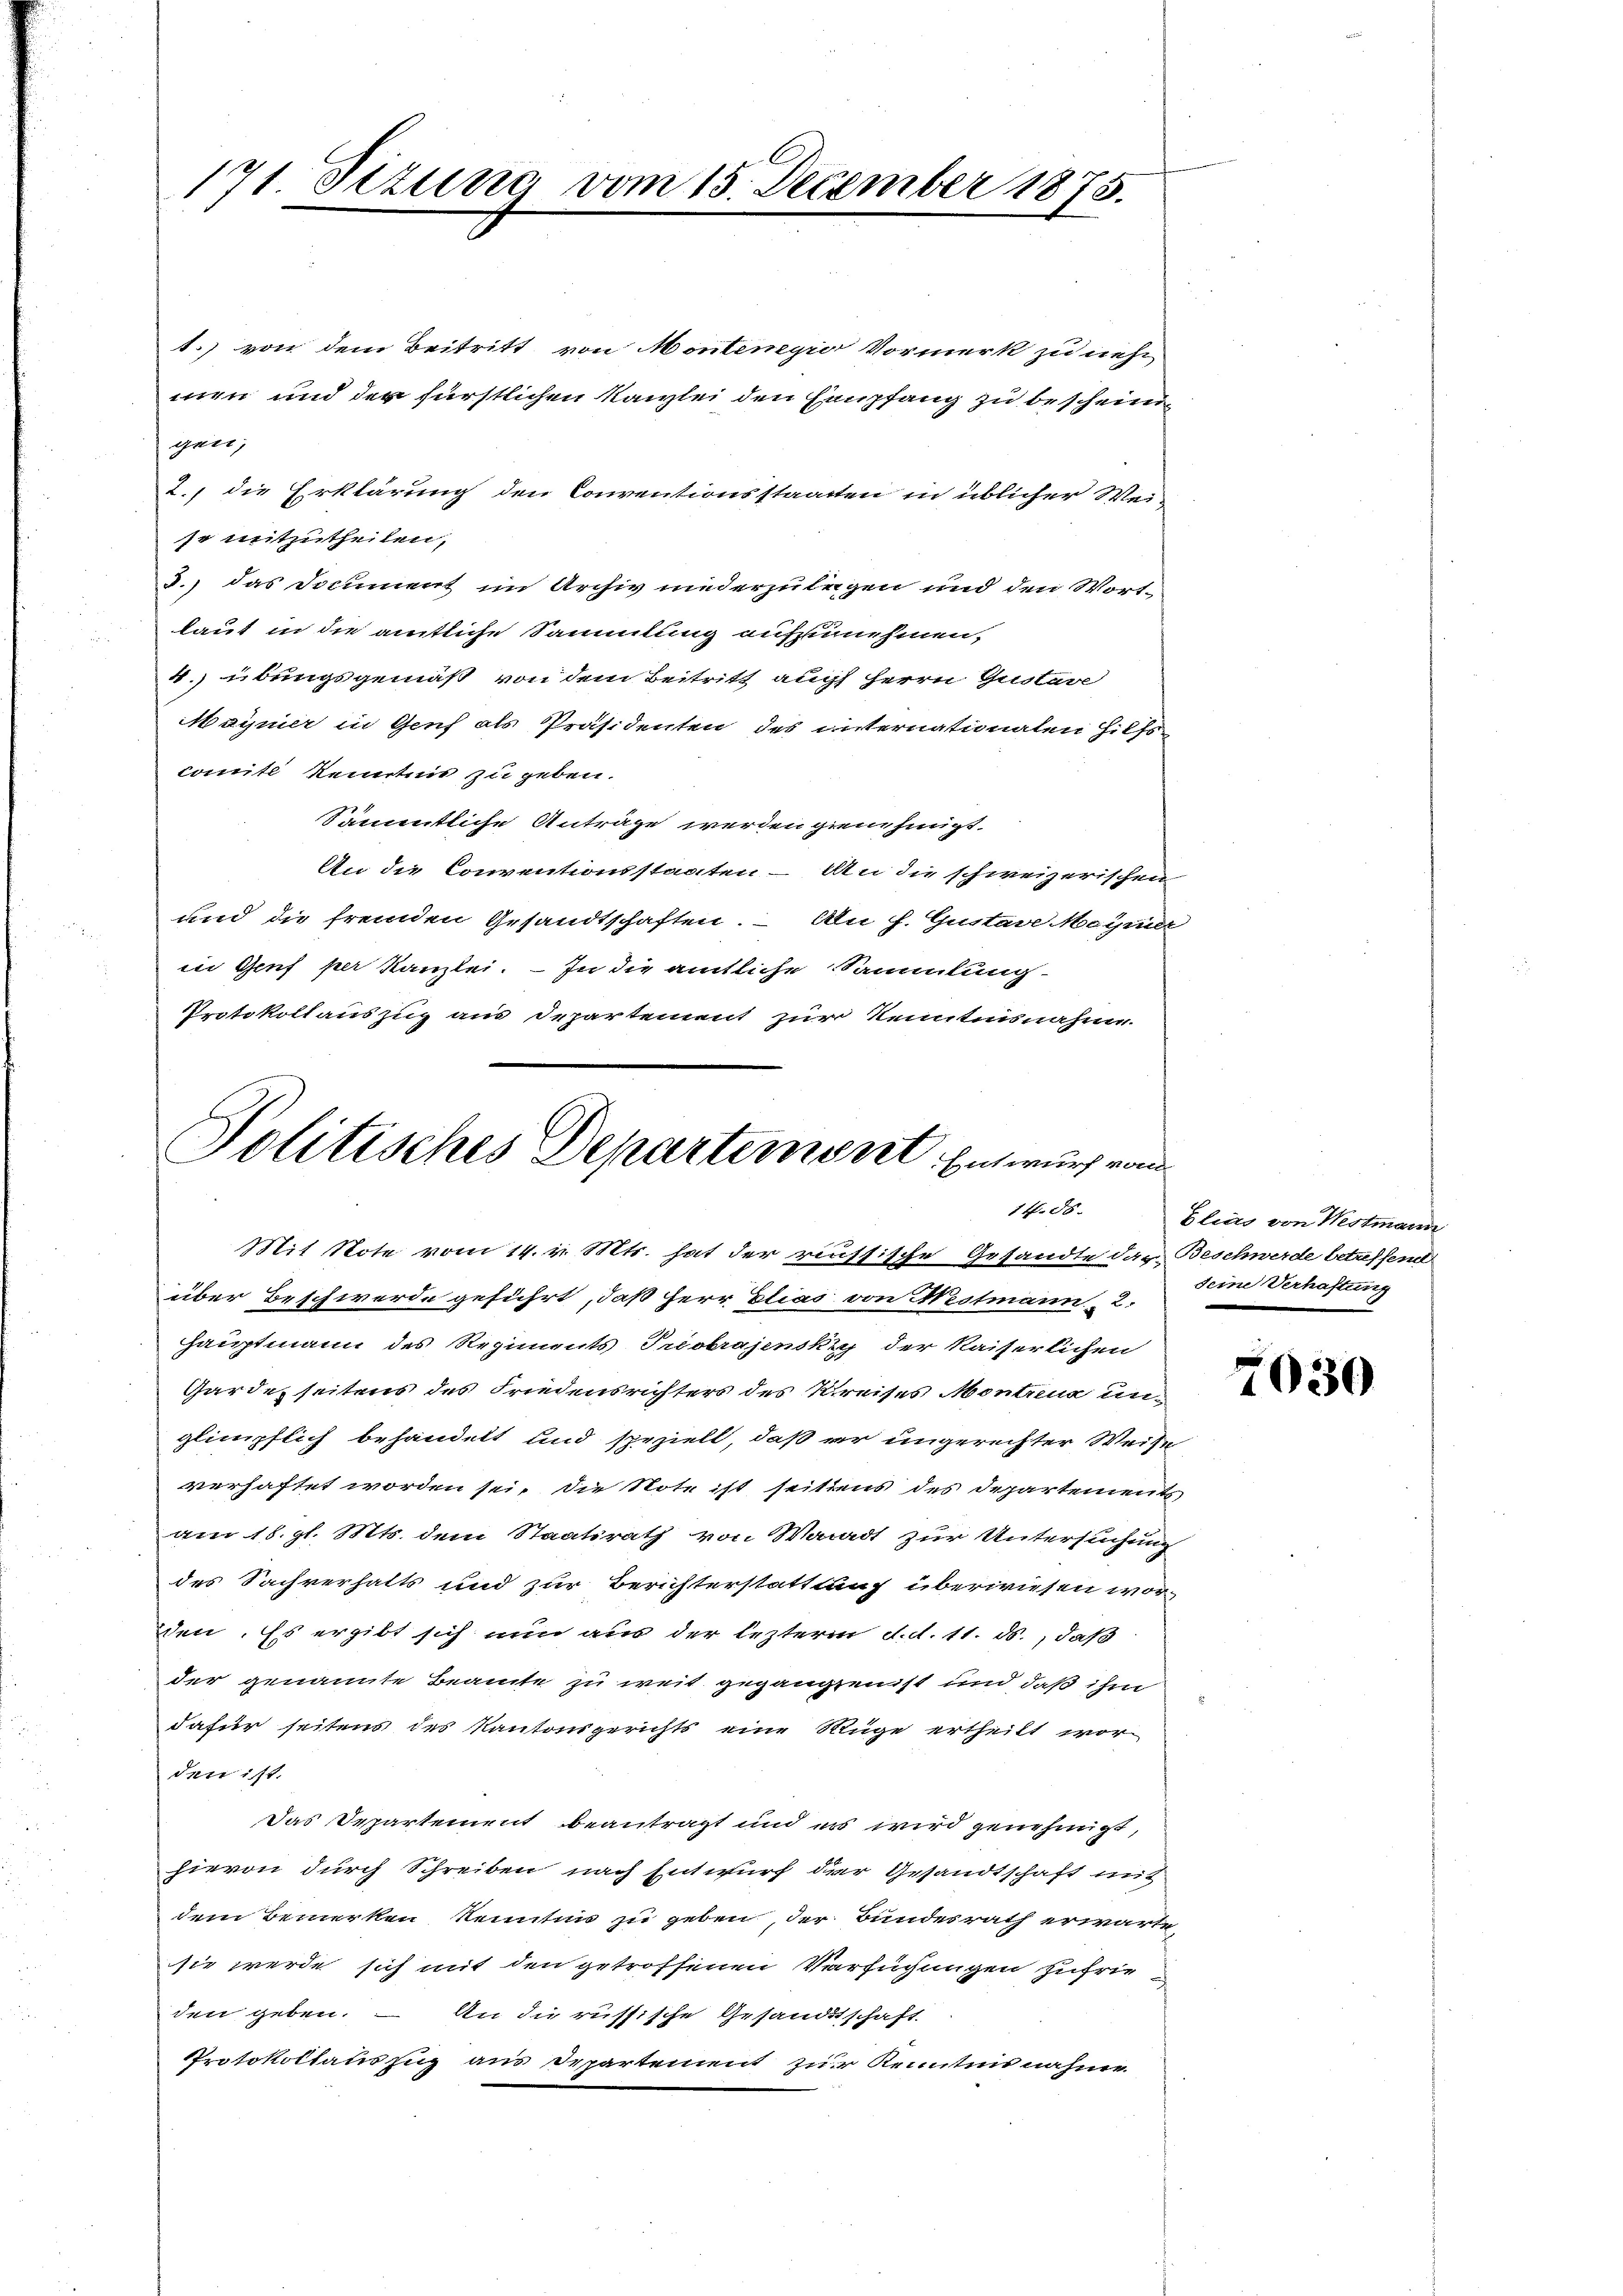
171 Tizung vom 15. Dezember 1875.

t.) von dem Beitritt von Montengior Vormerk zu neh
men und der fürstlichen Kanzlei den Empfang zu bescheingen;
2., die Erklärung den Conventionsstaatten in üblicher Wei-
se mitzutheilen,
d.) das Document im Archiv niederzulegen und den Wort-
laut in die amtliche Sammlung aufzunehmen,
4. übungsgemäß von dem Beitritt auch Herrn Gustave
Mayner in Genf als Präsidenten des eiternationalen J. Chr
comite Kenntnis zu geben.
Sämmtliche Anträge werden genehmigt.
An die Conventionsstaaten – An die schweizerischen
und die fremden Gesandtschaften. – An s. Gustave Maymer
in Genf per Kanzlei. – In die amtliche Sammlung
Protokollauszug aus Departement zur Kenntnisnahme.

Politisches Departemont. Einwurf en
14. 88.

Mit Note vom 14. v. Mts. hat der reussische Gesandte das Beschwerde betreffend
über Beschwerde geführt, daß Herr Elias von Nestmann 2.
Hauptmann des Regiments Tueobrajensky der Kaiserlichen
Garderseitens des Friedensrichters des Kreises Montreuz unglimpflich behandelt und speziell, daß er ungerechter Weise
verhaftet worden sei, die Note ist seitens des Departements
am 18. gl. Mts. dem Staatsrath von Waadt zur Untersuchung
des Sachverhalts und zur Berichterstattung überwiesen worden. Es ergibt sich nun aus der leztern d. d. 11. ds., daß
der genannte Beamte zu weit gegangenst und daß ihm
dafür seitens des Kantonsgerichts eine Rüge ertheilt worden ist.
Das Departement beantragt und es wird genehmigt,
hievon durch Schreiben nach Entwurf der Gesandtschaft mit
dem Bemerken kenntnis zu geben, der Bundesrath erwärte,
sie werde sich mit den getroffenen Versuchungen zufrie
den geben. – An die russische Gesandtschaft
Protokollauszug aus Departement zur Kenntnisnahme.

Elias von Westmann
seine Verhaftung

7030